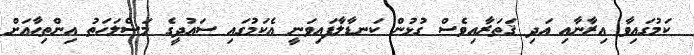
ކަމުގައިވާ އިރާނާއި އަދި ޤަތަރާއިވެސް ގުޅުން ކަނޑާލާފައިވަނީ އެކަމުގައި ސައުދީގެ މަސްލަހަތު އިންތިހާއަށް